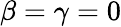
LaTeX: \beta=\gamma=0